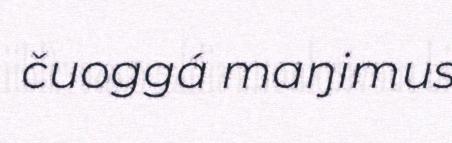
čuoggá maŋimus